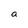
Character: a